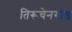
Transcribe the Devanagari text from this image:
तिरूचेनगोड